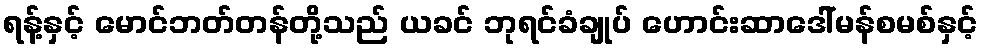
ရန့်နှင့် မောင်ဘတ်တန်တို့သည် ယခင် ဘုရင်ခံချုပ် ဟောင်းဆာဒေါ်မန်စမစ်နှင့်